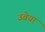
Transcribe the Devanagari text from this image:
उवेया